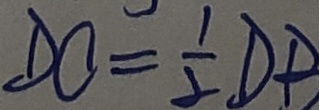
D C = \frac { 1 } { 2 } D B